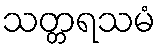
သတ္တရသမံ